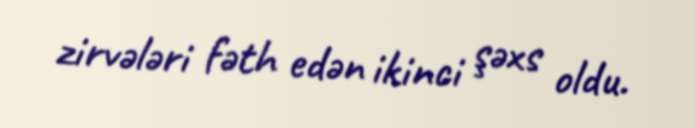
zirvələri fəth edən ikinci şəxs oldu.